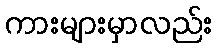
ကားများမှာလည်း